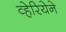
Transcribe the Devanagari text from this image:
व्हेरियेने